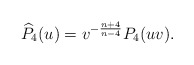
\begin{align*}\widehat{P}_4(u)=v^{-\frac{n+4}{n-4}} P_4(uv).\end{align*}